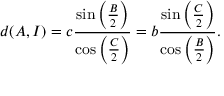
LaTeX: d ( A , I ) = c { \frac { \sin \left( { \frac { B } { 2 } } \right) } { \cos \left( { \frac { C } { 2 } } \right) } } = b { \frac { \sin \left( { \frac { C } { 2 } } \right) } { \cos \left( { \frac { B } { 2 } } \right) } } .